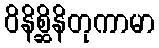
ဝိနိစ္ဆိနိတုကာမာ